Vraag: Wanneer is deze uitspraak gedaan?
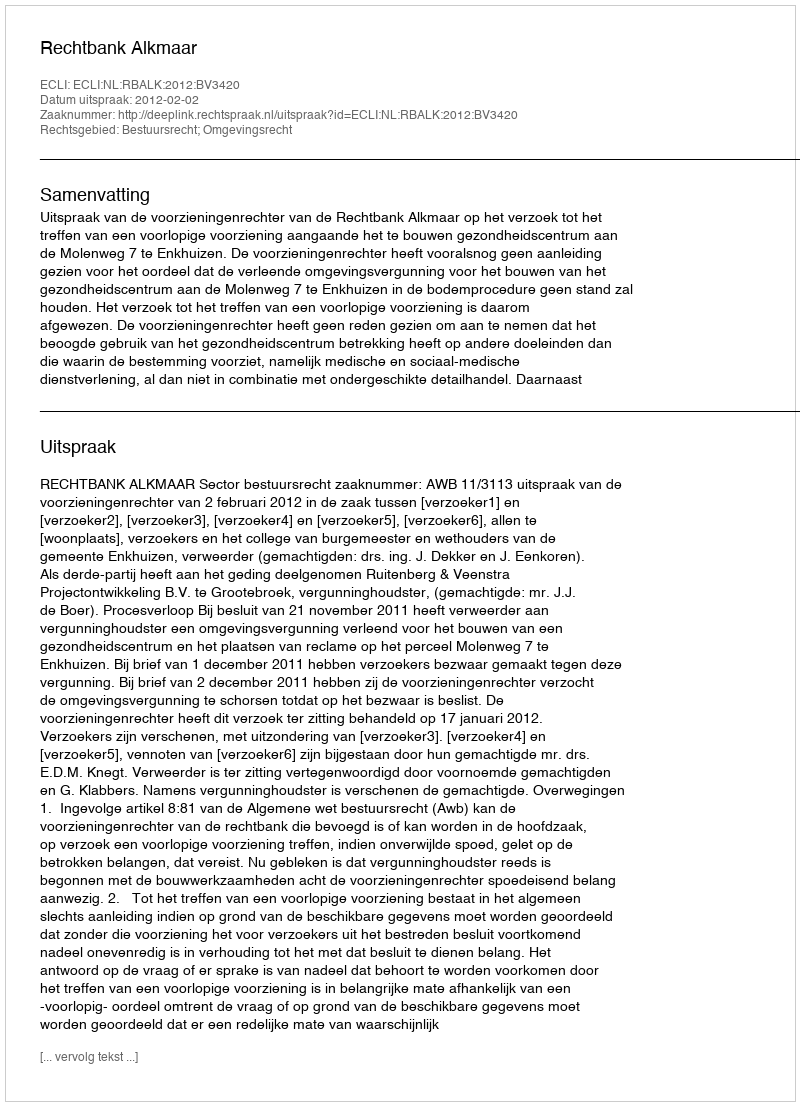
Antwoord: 2012-02-02